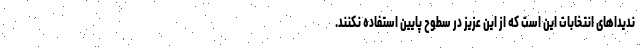
ندیداهای انتخابات این است که از این عزیز در سطوح پایین استفاده نکنند.